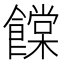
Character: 饓